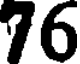
76